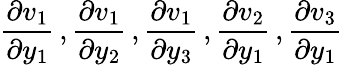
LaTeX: \frac{\partial v_{1}}{\partial y_{1}}\, ,\frac{\partial v_{1}}{\partial y_{2}}\, ,\frac{\partial v_{1}}{\partial y_{3}}\, ,\frac{\partial v_{2}}{\partial y_{1}}\, ,\frac{\partial v_{3}}{\partial y_{1}}